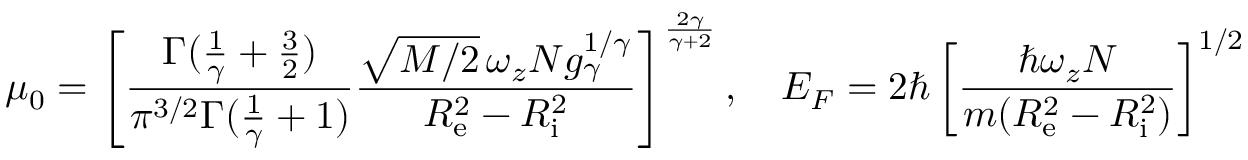
\mu _ { 0 } = \left[ \frac { \Gamma ( \frac { 1 } { \gamma } + \frac { 3 } { 2 } ) } { \pi ^ { 3 / 2 } \Gamma ( \frac { 1 } { \gamma } + 1 ) } \frac { \sqrt { M / 2 } \, \omega _ { z } N g _ { \gamma } ^ { 1 / \gamma } } { R _ { \mathrm { e } } ^ { 2 } - R _ { \mathrm { i } } ^ { 2 } } \right] ^ { \frac { 2 \gamma } { \gamma + 2 } } , \quad E _ { F } = 2 \hbar \left[ \frac { \hbar \omega _ { z } N } { m ( R _ { \mathrm { e } } ^ { 2 } - R _ { \mathrm { i } } ^ { 2 } ) } \right] ^ { 1 / 2 }